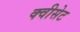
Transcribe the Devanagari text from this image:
क्वीसेट